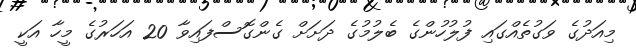
މިއަދުގެ ވަގުތެއްގައި ފުލުހުންގެ ބެލުމުގެ ދަށަށް ގެންގޮސްފައިވާ 20 އަހަރުގެ މީހާ އަކީ